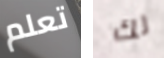
تعلم لك